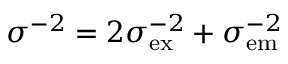
\sigma ^ { - 2 } = 2 \sigma _ { \mathrm { e x } } ^ { - 2 } + \sigma _ { \mathrm { e m } } ^ { - 2 }